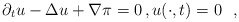
\begin{align*} \partial_t u - \Delta u + \nabla \pi = 0 \, , u(\cdot,t) = 0 \, \, \, \, ,\end{align*}